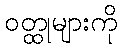
ဝတ္ထုများကို